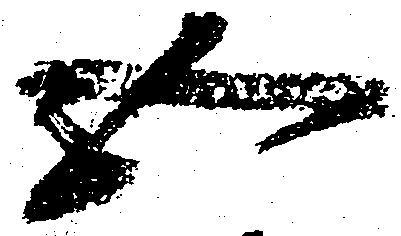
五